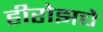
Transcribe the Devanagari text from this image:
हीरोझचे